Lunatic asylums in Bengal annual reports 1899-1911 - 1899-1911
Year: 1899
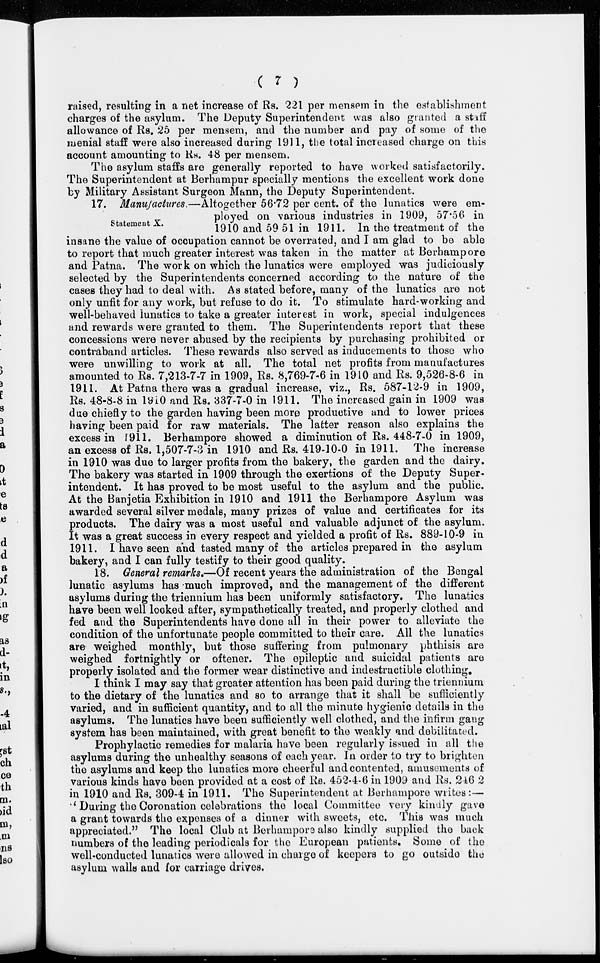
( 7 )
raised, resulting in a net increase of Rs. 221 per mensem in the establishment
charges of the asylum. The Deputy Superintendent was also granted a staff
allowance of Rs. 25 per mensem, and the number and pay of some of the
menial staff were also increased during 1911, the total increased charge on this
account amounting to Rs. 48 per mensem.
The asylum staffs are generally reported to have worked satisfactorily.
The Superintendent at Berhampur specially mentions the excellent work done
by Military Assistant Surgeon Mann, the Deputy Superintendent.
Statement X.
17. Manufactures.—Altogether 56.72 per cent. of the lunatics were em-
ployed on various industries in 1909, 57.56 in
1910 and 59 51 in 1911. In the treatment of the
insane the value of occupation cannot be overrated, and I am glad to be able
to report that much greater interest was taken in the matter at Berhampore
and Patna. The work on which the lunatics were employed was judiciously
selected by the Superintendents concerned according to the nature of the
cases they had to deal with. As stated before, many of the lunatics are not
only unfit for any work, but refuse to do it. To stimulate hard-working and
well-behaved lunatics to take a greater interest in work, special indulgences
and rewards were granted to them. The Superintendents report that these
concessions were never abused by the recipients by purchasing prohibited or
contraband articles. These rewards also served as inducements to those who
were unwilling to work at all. The total net profits from manufactures
amounted to Rs. 7,213-7-7 in 1909, Rs. 8,769-7-6 in 1910 and Rs. 9,526-8-6 in
1911. At Patna there was a gradual increase, viz., Rs. 587-12-9 in 1909,
Rs. 48-8-8 in 1910 and Rs. 337-7-0 in 1911. The increased gain in 1909 was
due chiefly to the garden having been more productive and to lower prices
having been paid for raw materials. The latter reason also explains the
excess in 1911. Berhampore showed a diminution of Rs. 448-7-0 in 1909,
an excess of Rs. 1,507-7-3 in 1910 and Rs. 419-10-0 in 1911. The increase
in 1910 was due to larger profits from the bakery, the garden and the dairy.
The bakery was started in 1909 through the exertions of the Deputy Super-
intendent. It has proved to be most useful to the asylum and the public.
At the Banjetia Exhibition in 1910 and 1911 the Berhampore Asylum was
awarded several silver medals, many prizes of value and certificates for its
products. The dairy was a most useful and valuable adjunct of the asylum.
It was a great success in every respect and yielded a profit of Rs. 889-10-9 in
1911. I have seen and tasted many of the articles prepared in the asylum
bakery, and I can fully testify to their good quality.
18. General remarks.—Of recent years the administration of the Bengal
lunatic asylums has much improved, and the management of the different
asylums during the triennium has been uniformly satisfactory. The lunatics
have been well looked after, sympathetically treated, and properly clothed and
fed and the Superintendents have done all in their power to alleviate the
condition of the unfortunate people committed to their care. All the lunatics
are weighed monthly, but those suffering from pulmonary phthisis are
weighed fortnightly or oftener. The epileptic and suicidal patients are
properly isolated and the former wear distinctive and indestructible clothing.
I think I may say that greater attention has been paid during the triennium
to the dietary of the lunatics and so to arrange that it shall be sufficiently
varied, and in sufficient quantity, and to all the minute hygienic details in the
asylums. The lunatics have been sufficiently well clothed, and the infirm gang
system has been maintained, with great benefit to the weakly and debilitated.
Prophylactic remedies for malaria have been regularly issued in all the
asylums during the unhealthy seasons of each year. In order to try to brighten
the asylums and keep the lunatics more cheerful and contented, amusements of
various kinds have been provided at a cost of Rs. 452-4-6 in 1909 and Rs. 246-2
in 1910 and Rs. 309-4 in 1911. The Superintendent at Berhampore writes:—
During the Coronation celebrations the local Committee very kindly gave
a grant towards the expenses of a dinner with sweets, etc. This was much
appreciated." The local Club at Berhampore also kindly supplied the back
numbers of the leading periodicals for the European patients. Some of the
well-conducted lunatics were allowed in charge of keepers to go outside the
asylum walls and for carriage drives.